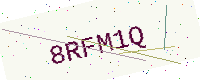
Text: 8RFM1Q